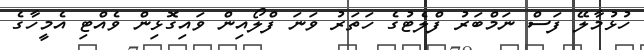
ހުޅުމާލޭ ފަސް ނަމްބަރު ފްލެޓުގެ ހަތަރު ވަނަ ފްލޯއިން ވައިގޮޅިން ވެއްޓި އެމީހާގެ